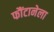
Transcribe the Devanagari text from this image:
फौंटानेला